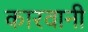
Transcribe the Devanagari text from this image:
कारवानी